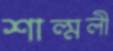
শাল্মলী